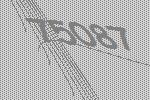
75087